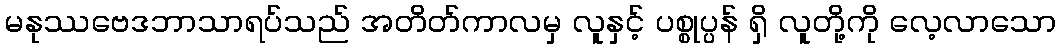
မနုဿဗေဒဘာသာရပ်သည် အတိတ်ကာလမှ လူနှင့် ပစ္စုပ္ပန် ရှိ လူတို့ကို လေ့လာသော